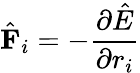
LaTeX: \hat{\mathbf{F}}_{i}=-\frac{\partial\hat{E}}{\partial r_{i}}